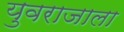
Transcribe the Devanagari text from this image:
युवराजाला